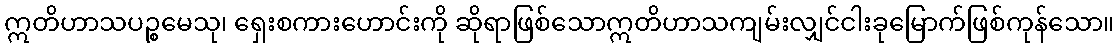
ဣတိဟာသပဉ္စမေသု၊ ရှေးစကားဟောင်းကို ဆိုရာဖြစ်သောဣတိဟာသကျမ်းလျှင်ငါးခုမြောက်ဖြစ်ကုန်သော။